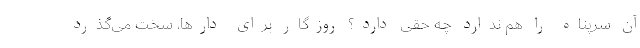
آن سرپناه را هم ندارد چه حقی دارد؟ روزگار برای دارها، سخت می‌گذرد